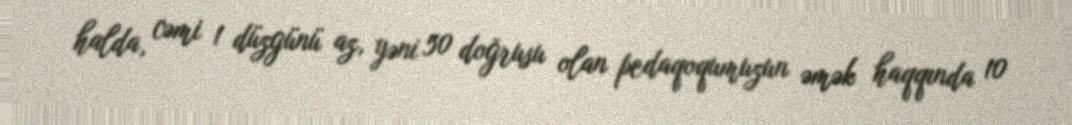
halda, cəmi 1 düzgünü az, yəni 50 doğrusu olan pedaqoqumuzun əmək haqqında 10